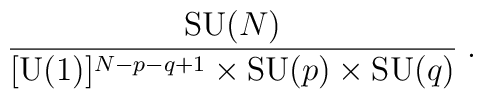
{\mbox{SU}(N)\over [\mbox{U}(1)]^{N-p-q+1}\times \mbox{SU}(p)\times \mbox{SU}(q)}\;.